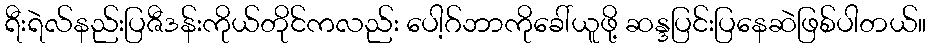
ရီးရဲလ်နည်းပြဇီဒန်းကိုယ်တိုင်ကလည်း ပေါ့ဂ်ဘာကိုခေါ်ယူဖို့ ဆန္ဒပြင်းပြနေဆဲဖြစ်ပါတယ်။